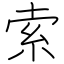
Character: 索